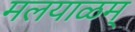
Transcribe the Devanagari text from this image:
मलयाळम्‌